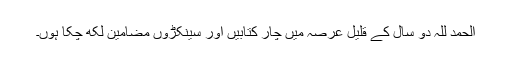
الحمد للہ دو سال کے قلیل عرصہ میں چار کتابیں اور سینکڑوں مضامین لکھ چکا ہوں۔